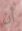
أن